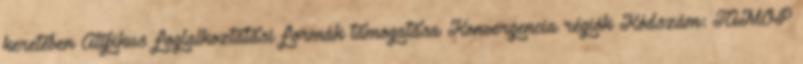
keretében Atipikus foglalkoztatási formák támogatása Konvergencia régiók Kódszám: TAMOP